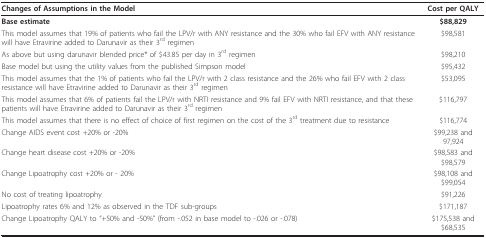
<table><thead><tr><td><b>Changes of Assumptions in the Model</b></td><td><b>Cost per QALY</b></td></tr></thead><tbody><tr><td><b>Base estimate</b></td><td><b>$88,829</b></td></tr><tr><td>This model assumes that 19% of patients who fail the LPV/r with ANY resistance and the 30% who fail EFV with ANY resistance will have Etravirine added to Darunavir as their 3<sup>rd </sup>regimen</td><td>$98,581</td></tr><tr><td>As above but using darunavir blended price* of $43.85 per day in 3<sup>rd </sup>regimen</td><td>$98,210</td></tr><tr><td>Base model but using the utility values from the published Simpson model</td><td>$95,432</td></tr><tr><td>This model assumes that the 1% of patients who fail the LPV/r with 2 class resistance and the 26% who fail EFV with 2 class resistance will have Etravirine added to Darunavir as their 3<sup>rd </sup>regimen</td><td>$53,095</td></tr><tr><td>This model assumes that 6% of patients fail the LPV/r with NRTI resistance and 9% fail EFV with NRTI resistance, and that these patients will have Etravirine added to Darunavir as their 3<sup>rd </sup>regimen</td><td>$116,797</td></tr><tr><td>This model assumes that there is no effect of choice of first regimen on the cost of the 3<sup>rd </sup>treatment due to resistance</td><td>$116,774</td></tr><tr><td>Change AIDS event cost +20% or -20%</td><td>$99,238 and 97,924</td></tr><tr><td>Change heart disease cost +20% or -20%</td><td>$98,583 and $98,579</td></tr><tr><td>Change Lipoatrophy cost +20% or - 20%</td><td>$98,108 and $99,054</td></tr><tr><td>No cost of treating lipoatrophy</td><td>$91,226</td></tr><tr><td>Lipoatrophy rates 6% and 12% as observed in the TDF sub-groups</td><td>$171,187</td></tr><tr><td>Change Lipoatrophy QALY to &quot;+50% and -50%&quot; (from -.052 in base model to -.026 or -.078)</td><td>$175,538 and $68,535</td></tr></tbody></table>